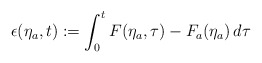
\begin{align*}\epsilon(\eta_a,t) := \int_0^t F(\eta_a,\tau)-F_a(\eta_a) \,d \tau\end{align*}